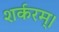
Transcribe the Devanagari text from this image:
शर्करम्।